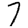
Digit: 7